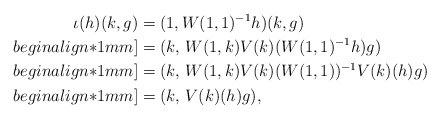
\begin{align*}\iota(h) (k, g) & = (1, W(1, 1)^{-1} h)(k, g)\\begin{align*}1mm]& = (k,\, W(1, k) V(k)(W(1, 1)^{-1} h) g)\\begin{align*}1mm]& = (k,\, W(1, k) V(k)(W(1, 1))^{-1} V(k)(h) g)\\begin{align*}1mm]& = (k,\, V(k)(h) g),\end{align*}